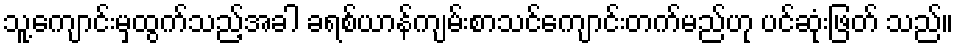
သူ့ကျောင်းမှထွက်သည့်အခါ ခရစ်ယာန်ကျမ်းစာသင်ကျောင်းတက်မည်ဟု ပင်ဆုံးဖြတ် သည်။